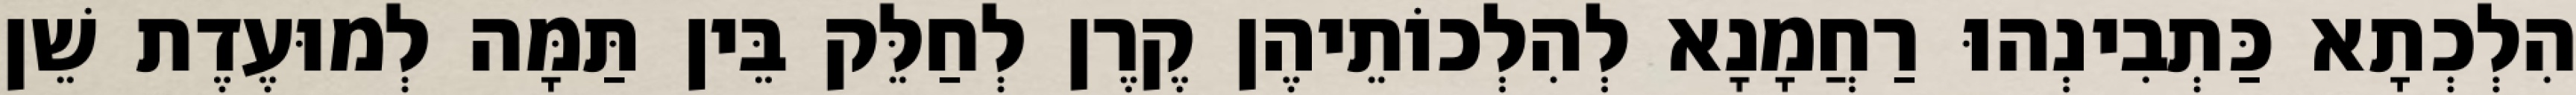
הִלְכְתָא כַּתְבִינְהוּ רַחֲמָנָא לְהִלְכוֹתֵיהֶן קֶרֶן לְחַלֵּק בֵּין תַּמָּה לְמוּעֶדֶת שֵׁן